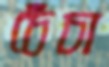
চেঁচা